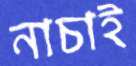
নাচাই